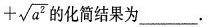
+\sqrt{a^{2}} 的化简结果为___。